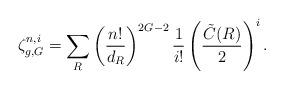
LaTeX: \begin{align*}\zeta_{g,G}^{n,i} = \sum_{R} \left( \frac{n!}{d_R}\right)^{2G - 2}{1 \over i!} \left( \frac{\tilde{C}(R)}{2} \right)^{i}.\end{align*}